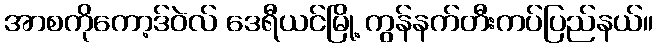
အာစကိုကော့ဒ်ဝဲလ် ဒေရီယင်မြို့ ကွန်နက်တီးကပ်ပြည်နယ်။